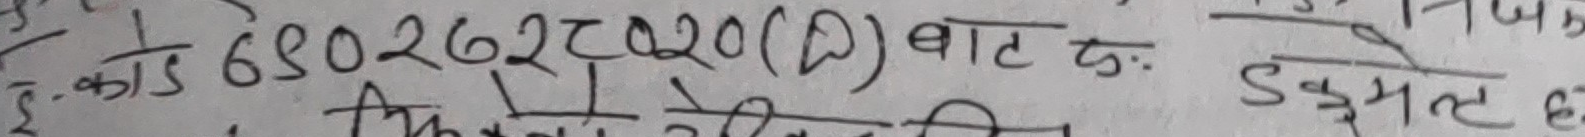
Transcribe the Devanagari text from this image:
ई. का 1/5 6802627020 (D) बाट ट: ड़समल ह